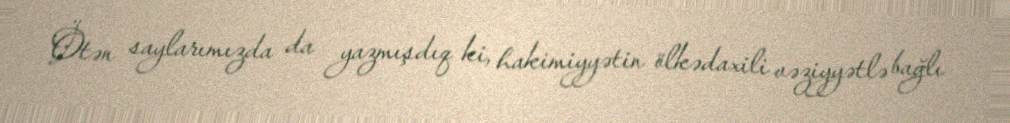
Ötən saylarımızda da yazmışdıq ki, hakimiyyətin ölkədaxili vəziyyətlə bağlı